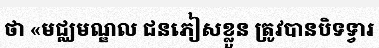
ថា «មជ្ឈមណ្ឌល ជនភៀសខ្លួន ត្រូវបានបិទទ្វារ